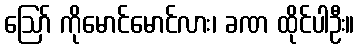
ဪ ကိုမောင်မောင်လား၊ ခဏ ထိုင်ပါဦး။